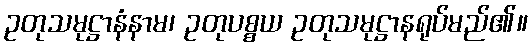
ဥတုသမုဋ္ဌာနံနာမ၊ ဥတုပစ္စယ ဥတုသမုဋ္ဌာနရုပ်မည်၏။